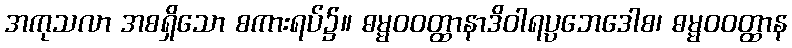
အကုသလာ အစရှိသော စကားရပ်၌။ ဓမ္မဝဝတ္ထာနာဒိဝါရပ္ပဘေဒေါစ၊ ဓမ္မဝဝတ္ထာန